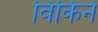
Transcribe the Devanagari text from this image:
विकिने